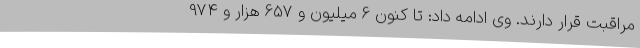
مراقبت قرار دارند. وی ادامه داد: تا کنون 6 میلیون و 657 هزار و 974